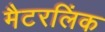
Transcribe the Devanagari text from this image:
मैटरलिंक